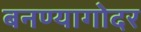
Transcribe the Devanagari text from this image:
बनण्यागोदर